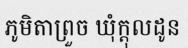
ភូមិតាព្រួច ឃុំក្តុលដូន